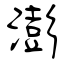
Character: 澎